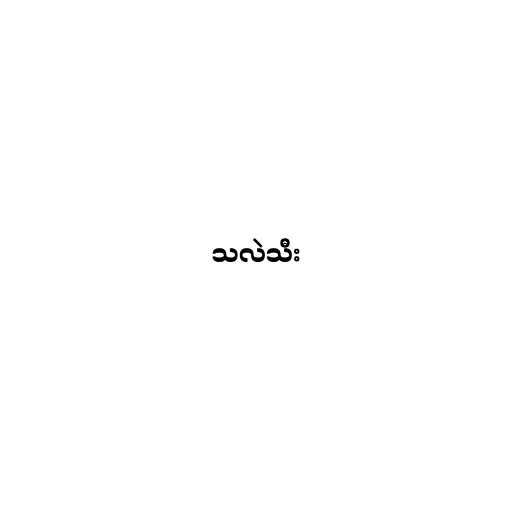
သလဲသီး